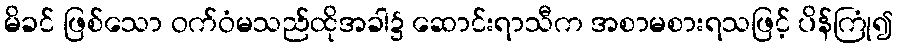
မိခင် ဖြစ်သော ဝက်ဝံမသည်ထိုအခါ၌ ဆောင်းရာသီက အစာမစားရသဖြင့် ပိန်ကြုံ၍